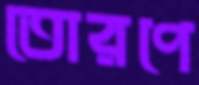
তোরণে